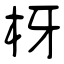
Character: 枒